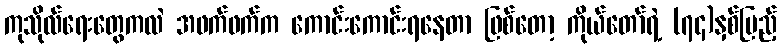
ကုသိုလ်ရေးတွေကလဲ အဖက်ဖက်က ကောင်းကောင်းရနေတာ ဖြစ်တော့ ကိုယ်တော်ရဲ့ (၇၄)နှစ်ပြည့်